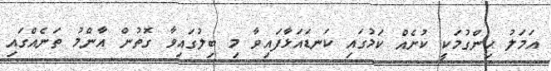
އަމަލު ހިންގުމަކީ ކުށެއް ކަމުގައި ކަނޑައަޅާފައިވާ މި ބިލުގައިވާ ގޮތުން އާންމު ތަނެއްގައި